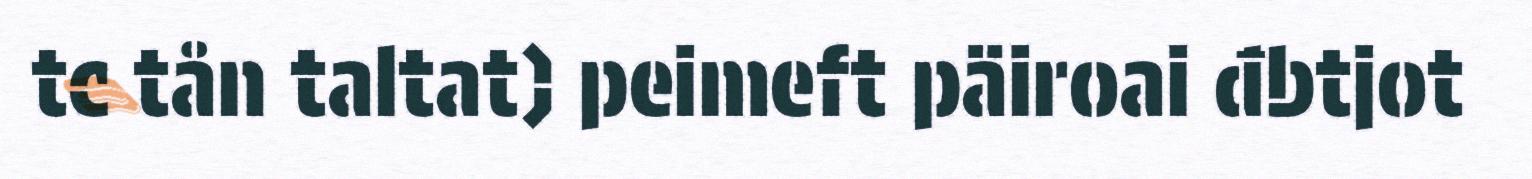
tc tån taltat) peimeft päiroai đbtjot